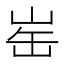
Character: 𪨲